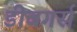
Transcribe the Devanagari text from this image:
डीबगर्स